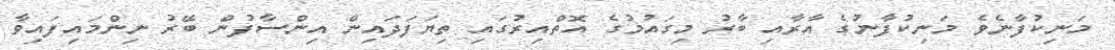
މަނިކުފާނެވެ މަނިކުފާނުގެ އާރާއި ބާރު މިގައުމުގެ އޮތްއިރުގައި ތިޔަފަދައިން އިންސާފުން ބޭރު ނިންމައިފައިވާ